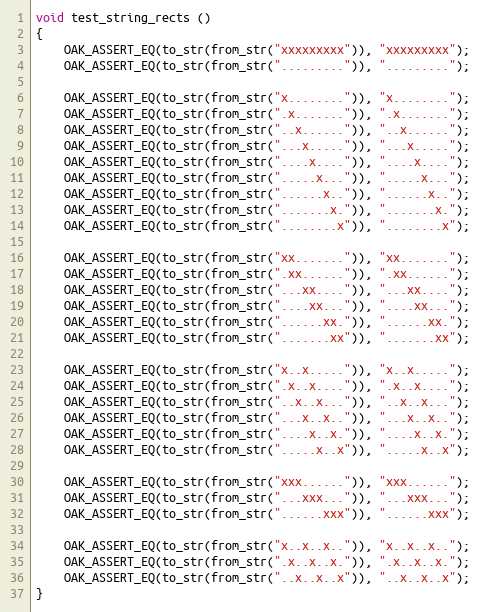
Language: C++
void test_string_rects ()
{
	OAK_ASSERT_EQ(to_str(from_str("xxxxxxxxx")), "xxxxxxxxx");
	OAK_ASSERT_EQ(to_str(from_str(".........")), ".........");

	OAK_ASSERT_EQ(to_str(from_str("x........")), "x........");
	OAK_ASSERT_EQ(to_str(from_str(".x.......")), ".x.......");
	OAK_ASSERT_EQ(to_str(from_str("..x......")), "..x......");
	OAK_ASSERT_EQ(to_str(from_str("...x.....")), "...x.....");
	OAK_ASSERT_EQ(to_str(from_str("....x....")), "....x....");
	OAK_ASSERT_EQ(to_str(from_str(".....x...")), ".....x...");
	OAK_ASSERT_EQ(to_str(from_str("......x..")), "......x..");
	OAK_ASSERT_EQ(to_str(from_str(".......x.")), ".......x.");
	OAK_ASSERT_EQ(to_str(from_str("........x")), "........x");

	OAK_ASSERT_EQ(to_str(from_str("xx.......")), "xx.......");
	OAK_ASSERT_EQ(to_str(from_str(".xx......")), ".xx......");
	OAK_ASSERT_EQ(to_str(from_str("...xx....")), "...xx....");
	OAK_ASSERT_EQ(to_str(from_str("....xx...")), "....xx...");
	OAK_ASSERT_EQ(to_str(from_str("......xx.")), "......xx.");
	OAK_ASSERT_EQ(to_str(from_str(".......xx")), ".......xx");

	OAK_ASSERT_EQ(to_str(from_str("x..x.....")), "x..x.....");
	OAK_ASSERT_EQ(to_str(from_str(".x..x....")), ".x..x....");
	OAK_ASSERT_EQ(to_str(from_str("..x..x...")), "..x..x...");
	OAK_ASSERT_EQ(to_str(from_str("...x..x..")), "...x..x..");
	OAK_ASSERT_EQ(to_str(from_str("....x..x.")), "....x..x.");
	OAK_ASSERT_EQ(to_str(from_str(".....x..x")), ".....x..x");

	OAK_ASSERT_EQ(to_str(from_str("xxx......")), "xxx......");
	OAK_ASSERT_EQ(to_str(from_str("...xxx...")), "...xxx...");
	OAK_ASSERT_EQ(to_str(from_str("......xxx")), "......xxx");

	OAK_ASSERT_EQ(to_str(from_str("x..x..x..")), "x..x..x..");
	OAK_ASSERT_EQ(to_str(from_str(".x..x..x.")), ".x..x..x.");
	OAK_ASSERT_EQ(to_str(from_str("..x..x..x")), "..x..x..x");
}